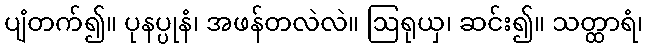
ပျံတက်၍။ ပုနပ္ပုနံ၊ အဖန်တလဲလဲ။ ဩရုယှ၊ ဆင်း၍။ သတ္ထာရံ၊